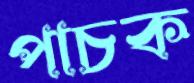
পাচক